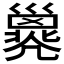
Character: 𢀇